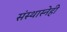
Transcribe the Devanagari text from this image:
संस्थास्नेही